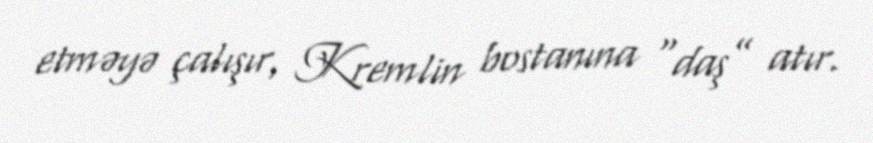
etməyə çalışır, Kremlin bostanına “daş” atır.